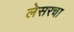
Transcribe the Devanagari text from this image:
लेसरचा